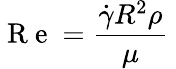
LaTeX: \mathrm{~R~e~}=\frac{\dot{\gamma}R^{2}\rho}{\mu}\